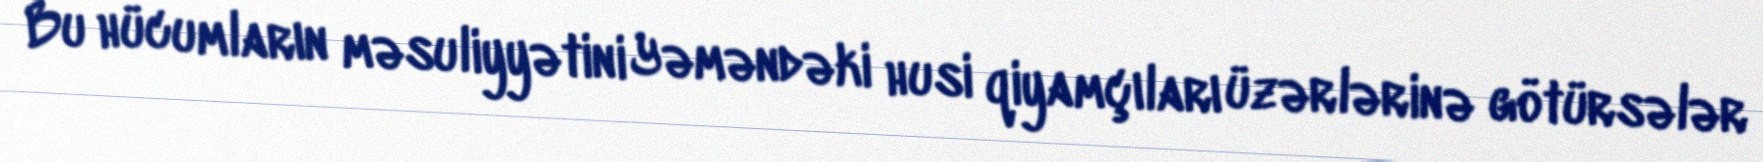
Bu hücumların məsuliyyətini Yəməndəki husi qiyamçıları üzərlərinə götürsələr